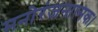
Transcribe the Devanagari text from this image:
मनोरंजनात्मक।